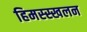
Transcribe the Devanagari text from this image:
हिमस्स्खलन